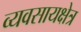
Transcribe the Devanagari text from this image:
व्यवसायक्षेत्र